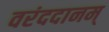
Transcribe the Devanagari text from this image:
वरंददानम्